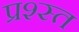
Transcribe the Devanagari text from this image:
प्रश्स्त